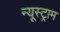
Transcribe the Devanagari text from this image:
न्यूस्ट्राम